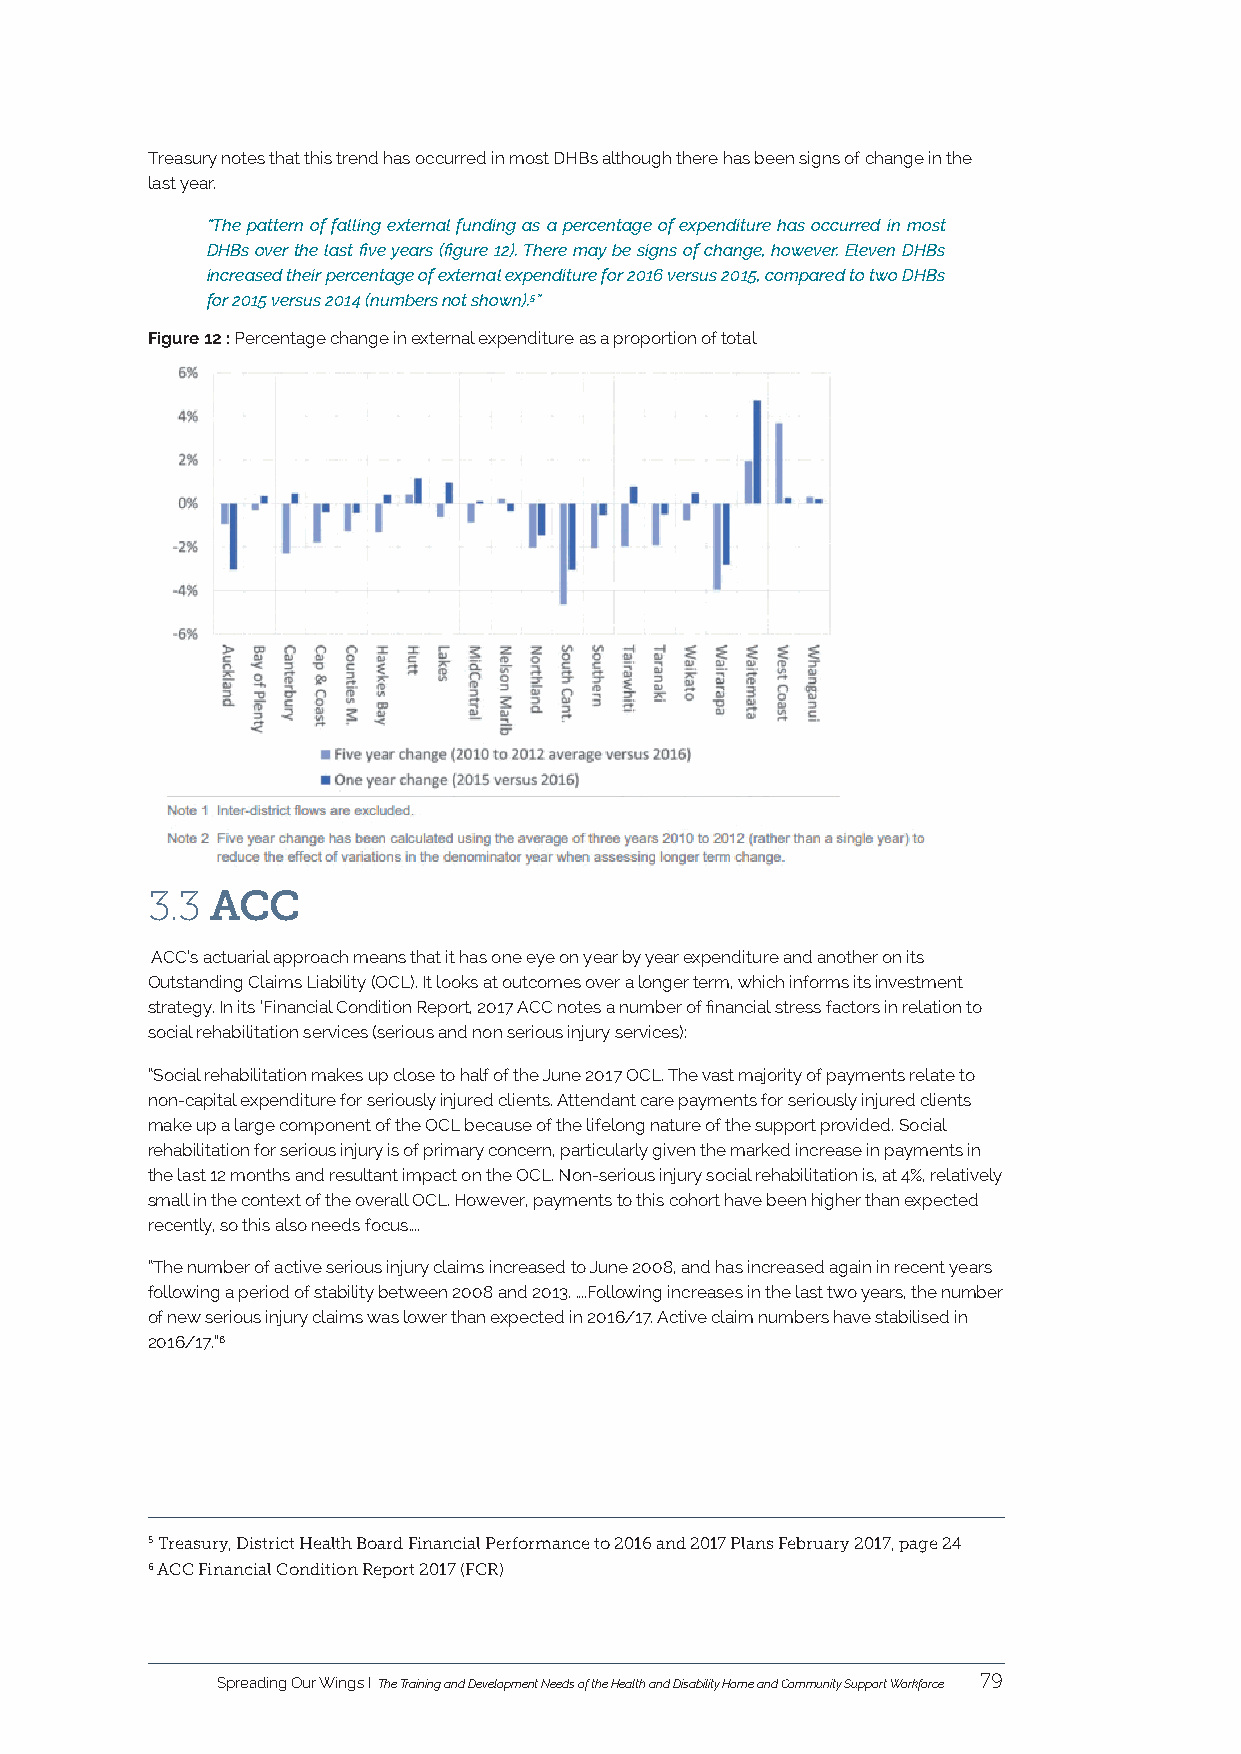
Treasury notes that this trend has occurred in most DHBs although there has been signs of change in the
 last year.
 “The pattern of falling external funding as a percentage of expenditure has occurred in most
 DHBs over the last five years (figure 12). There may be signs of change, however. Eleven DHBs
 increased their percentage of external expenditure for 2016 versus 2015, compared to two DHBs
 for 2015 versus 2014 (numbers not shown).5”
 Figure 12 : Percentage change in external expenditure as a proportion of total
 3.3 ACC
 ACC’s actuarial approach means that it has one eye on year by year expenditure and another on its
 Outstanding Claims Liability (OCL). It looks at outcomes over a longer term, which informs its investment
 strategy. In its ‘Financial Condition Report, 2017 ACC notes a number of financial stress factors in relation to
 social rehabilitation services (serious and non serious injury services):
 “Social rehabilitation makes up close to half of the June 2017 OCL. The vast majority of payments relate to
 non-capital expenditure for seriously injured clients. Attendant care payments for seriously injured clients
 make up a large component of the OCL because of the lifelong nature of the support provided. Social
 rehabilitation for serious injury is of primary concern, particularly given the marked increase in payments in
 the last 12 months and resultant impact on the OCL. Non-serious injury social rehabilitation is, at 4%, relatively
 small in the context of the overall OCL. However, payments to this cohort have been higher than expected
 recently, so this also needs focus….
 “The number of active serious injury claims increased to June 2008, and has increased again in recent years
 following a period of stability between 2008 and 2013. ….Following increases in the last two years, the number
 of new serious injury claims was lower than expected in 2016/17. Active claim numbers have stabilised in
 2016/17.”6
 5 Treasury, District Health Board Financial Performance to 2016 and 2017 Plans February 2017, page 24
 6 ACC Financial Condition Report 2017 (FCR)
 Spreading Our Wings I The Training and Development Needs of the Health and Disability Home and Community Support Workforce 79